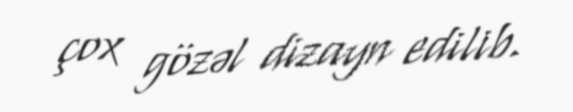
çox gözəl dizayn edilib.